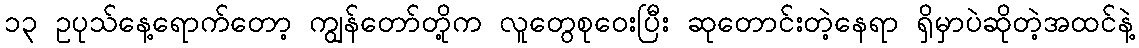
၁၃ ဥပုသ်နေ့ရောက်တော့ ကျွန်တော်တို့က လူတွေစုဝေးပြီး ဆုတောင်းတဲ့နေရာ ရှိမှာပဲဆိုတဲ့အထင်နဲ့